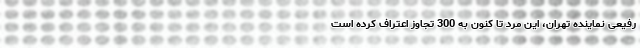
رفیعی نماینده تهران، این مرد تا کنون به 300 تجاوز اعتراف کرده است